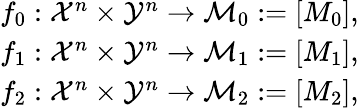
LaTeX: \begin{array}{r}{f_{0}:\mathcal{X}^{n}\times\mathcal{Y}^{n}\to\mathcal{M}_{0}:=[M_{0}],}\\ {f_{1}:\mathcal{X}^{n}\times\mathcal{Y}^{n}\to\mathcal{M}_{1}:=[M_{1}],}\\ {f_{2}:\mathcal{X}^{n}\times\mathcal{Y}^{n}\to\mathcal{M}_{2}:=[M_{2}],}\end{array}